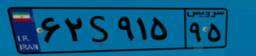
۶۶S۵۱۵۸۷